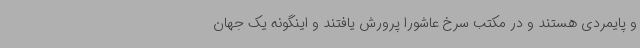
و پایمردی هستند و در مکتب سرخ عاشورا پرورش یافتند و اینگونه یک جهان